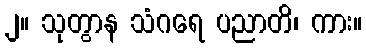
၂။ သုတွာန သံဂရေ ပညာတိ၊ ကား။